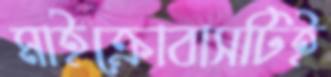
মাইক্রোবাসটিই